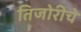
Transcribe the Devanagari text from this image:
तिजोरीचे